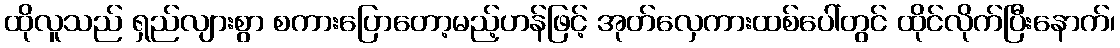
ထိုလူသည် ရှည်လျားစွာ စကားပြောတော့မည့်ဟန်ဖြင့် အုတ်လှေကားထစ်ပေါ်တွင် ထိုင်လိုက်ပြီးနောက်၊